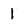
Character: 1